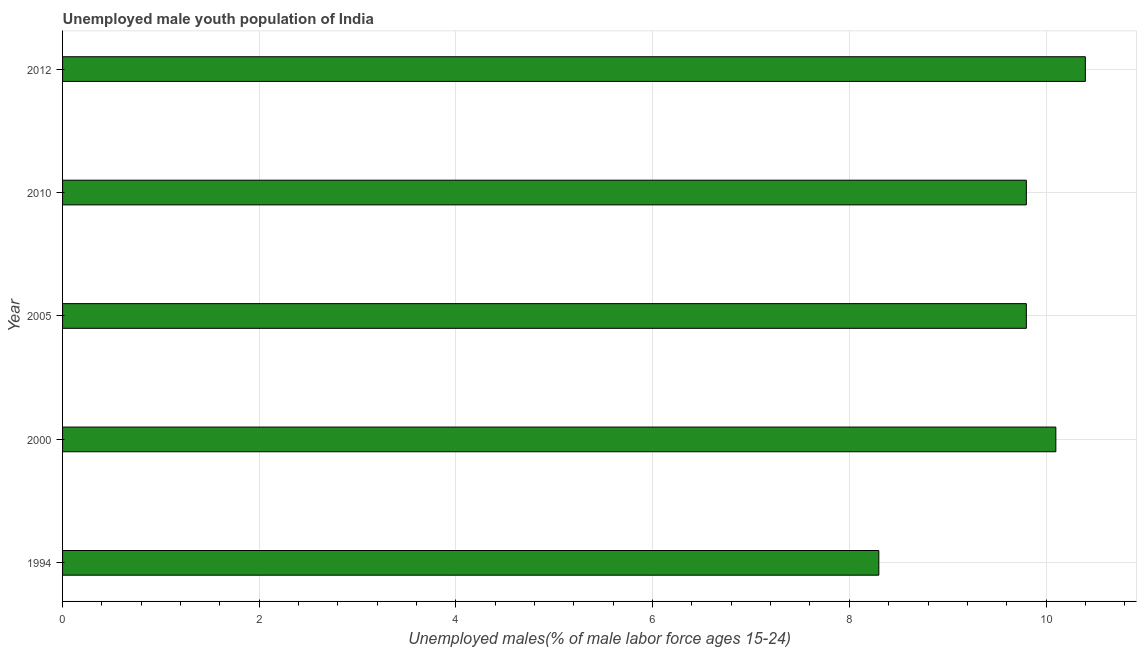
| Year | Unemployment youth male |
 | --- | --- |
 | 1994 | 8.3 |
 | 2000 | 10.1 |
 | 2005 | 9.8 |
 | 2010 | 9.8 |
 | 2012 | 10.4 |